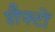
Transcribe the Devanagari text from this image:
शैफ्टों